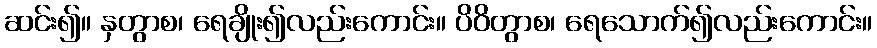
ဆင်း၍။ နှတွာစ၊ ရေချိုး၍လည်းကောင်း။ ပိဝိတွာစ၊ ရေသောက်၍လည်းကောင်း။